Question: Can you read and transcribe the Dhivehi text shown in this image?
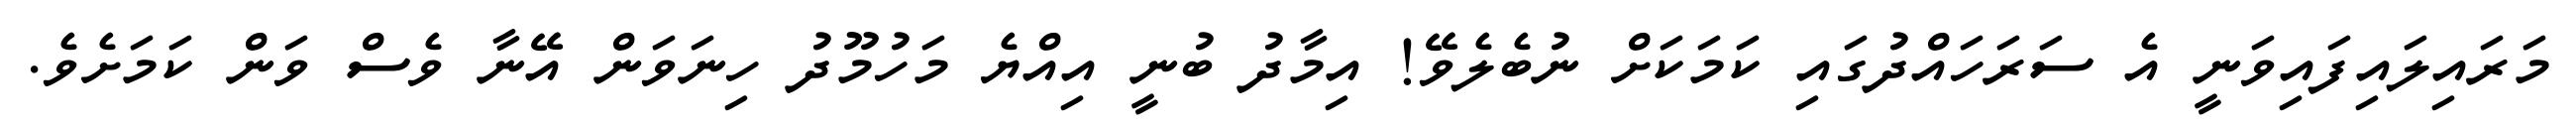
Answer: މަރައިލައިފައިވަނީ އެ ސަރަހައްދުގައި ކަމަކަށް ނުބެލެވޭ! އިމާދު ބުނީ އިއްޔެ މަހުމޫދު ހިނަވަން އޭނާ ވެސް ވަން ކަމަށެވެ.